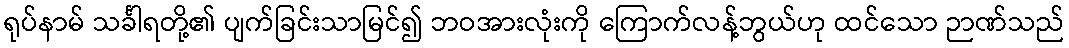
ရုပ်နာမ် သင်္ခါရတို့၏ ပျက်ခြင်းသာမြင်၍ ဘဝအားလုံးကို ကြောက်လန့်ဘွယ်ဟု ထင်သော ဉာဏ်သည်